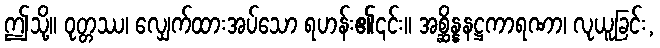
ဤသို့။ ဝုတ္တဿ၊ လျှေက်ထားအပ်သော ရဟန်း၏၎င်း။ အစ္ဆိန္နနဋ္ဌကာရဏာ၊ လုယူခြင်း,